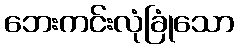
ဘေးကင်းလုံခြုံသော